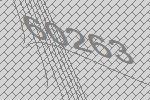
60263